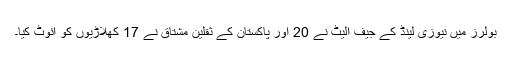
بولرز میں نیوزی لینڈ کے جیف الیٹ نے 20 اور پاکستان کے ثقلین مشتاق نے 17 کھلاڑیوں کو آئوٹ کیا۔